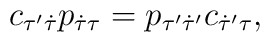
c_{\tau' \dot{\tau}} p_{\dot{\tau} \tau}= p_{\tau' \dot{\tau}'} c_{\dot{\tau}' \tau},